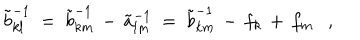
\tilde { b } _ { k l } ^ { - 1 } ~ = ~ \tilde { b } _ { k m } ^ { - 1 } \, - \, \tilde { a } _ { l m } ^ { - 1 } ~ = ~ \tilde { b } _ { k m } ^ { - 1 } \, - \, f _ { k } \, + \, f _ { m } ,